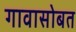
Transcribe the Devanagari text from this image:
गावासोबत